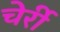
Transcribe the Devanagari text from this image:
चेर्री